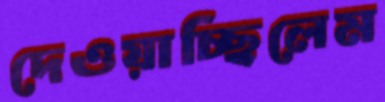
দেওয়াচ্ছিলেম